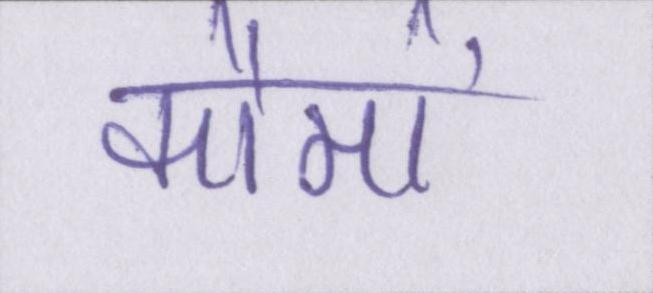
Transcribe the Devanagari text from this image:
कौमों